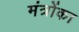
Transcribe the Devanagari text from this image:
मंत्रोंका